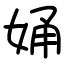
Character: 㛚